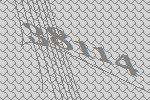
38114